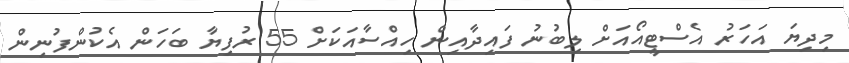
މިދިޔަ އަހަރު އެސްޓީއޯއަށް ލިބުނު ފައިދާއިން ހިއްސާއަކަށް 55 ރުފިޔާ ބަހަން އެކުންފުނިން